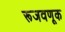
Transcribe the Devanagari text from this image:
रूजवणूक